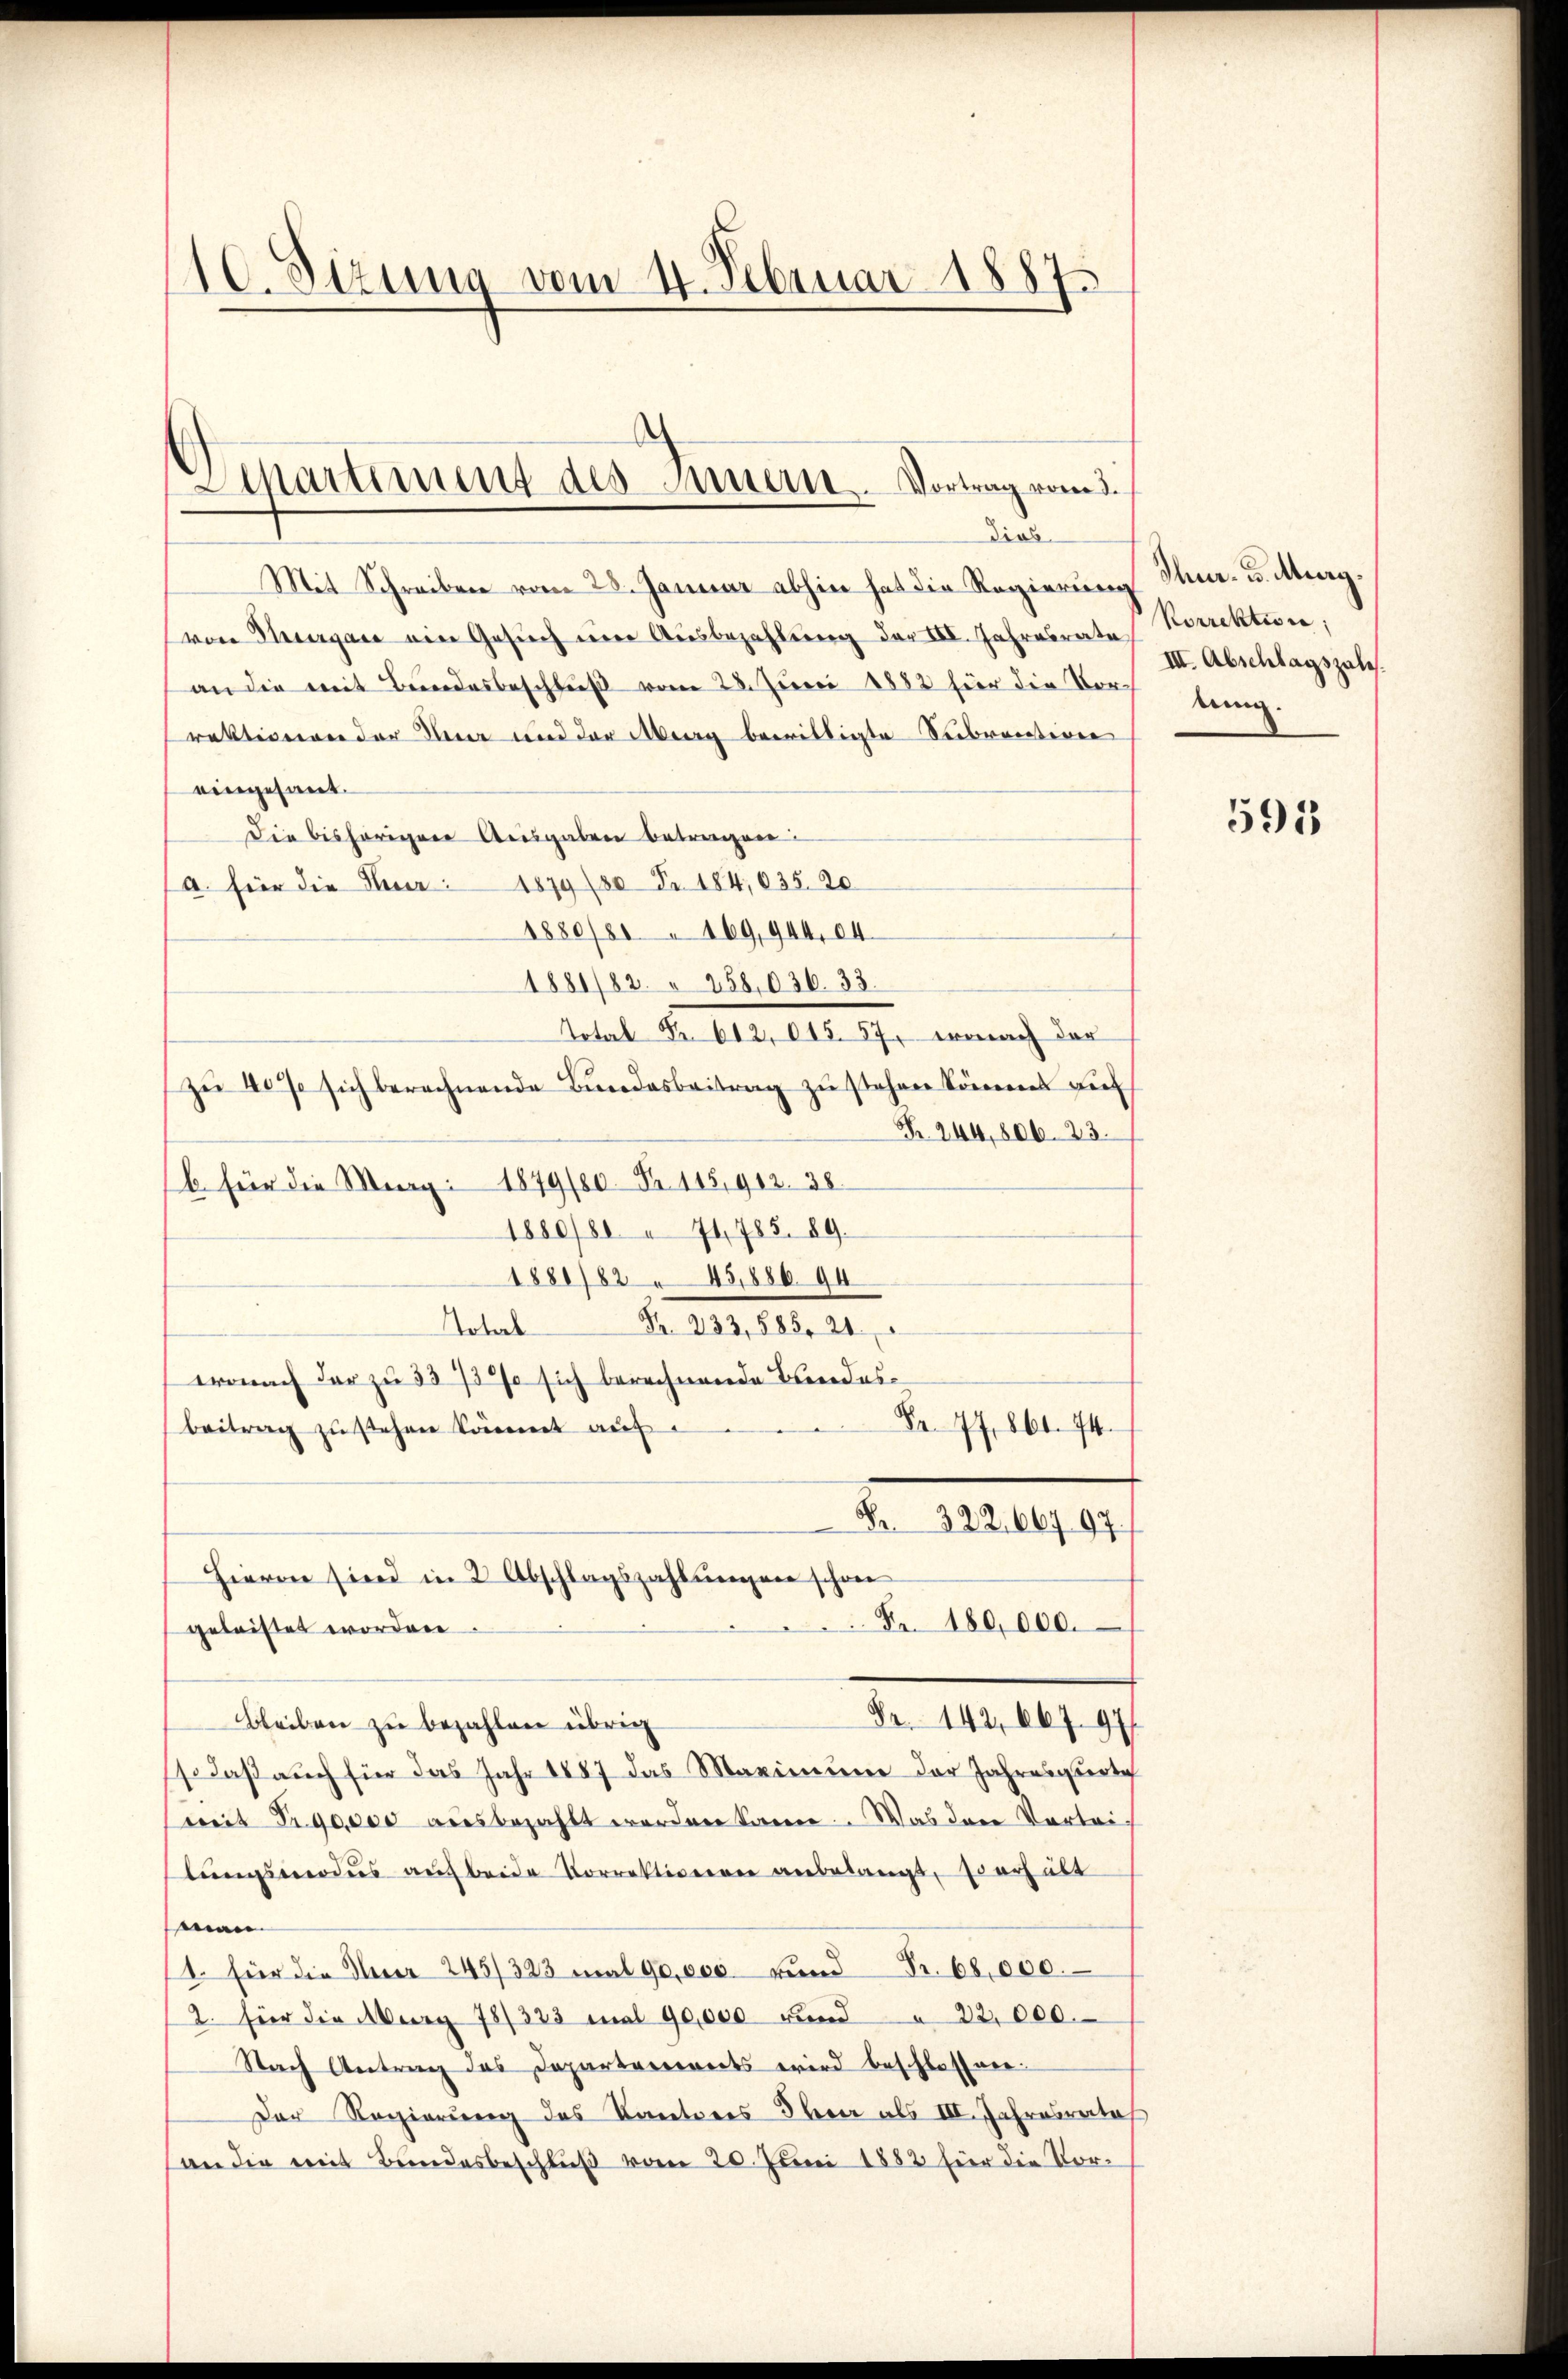
10. Sizung vom 14. Februar 1887

Departiment des Mussern. Vortrag vom 3.

dies
Mit Schreiben vom 28. Januar abhin hat die Regierung
von Steuergan am Gesuch um Ausbezahlung der III. Jahresrate
an die mit Bundesbeschluß vom 28. Juni 1882 hier die Vor-
rektionen der den und der Aberg bewilligte Subrention
eingesant.
Die bisherigere Ausgaben betragen:
a. für die Nuar: 1879 (50 Fr. 184,035. 20
1880/8 169,944,04
1881/82. 258,036. 33.
dotal der Ao. 11. ihr, wonach der
zŭ 40% sich berechnende Bundesbeitrag zŭ stehen könnenes auf
Fr. 244, 806. 23.
b. für die Mag. 1879/80 Fr. 115,912. 38
1880/80 " 74, 785. 89.
1881/82 45,886 94
Fr. 233,885, 21
Toterb
wonach der zu 33/3% sich berechnende Beides¬
Fr. 77. 864. 74.
beitrag zu stehen könnet auf
K. 322. 667 97.
Hievon sind in 2 Abschlagszahlungen schon
Fr. 180,000.
geleistet worden.
Nr. 142. 667. 97
Bleiben zu bezahlen übrig
so daß auch für das Jahr 1887 das Marimum der Jahresgeri
mit Fr. 90,000 ausbezahlt werden könne. Was den Vortei-
lungsverdues auch beide Vorrektiverren anbelangt, so erhält
man
1. für die Auer 245/323 mal 90,000 und Fr. 68,000.
2. für die Aberg 78/323 mal 90,000 und " 22,000.
Nach Antrag des Departarereits wird beschlossnen.
Der Regierung des Kantones Oben als III. Jahresrates
an die mit Bundesbeschluß vom 20. Juni 1882 hier die Vor¬

Ihnr. G. Meerg.
Korrektion;
III. Abschlagszales.
tung.

595